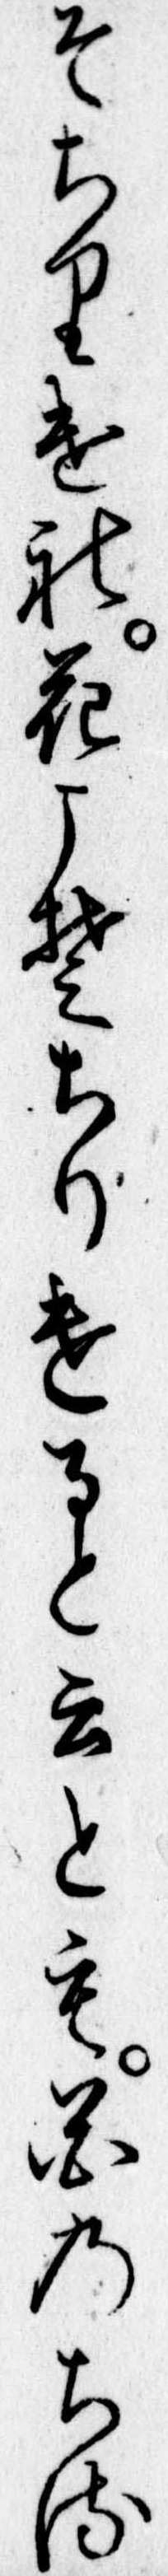
そちりけれ花こそちりけると云とも花のちる